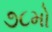
૭૮મો